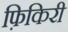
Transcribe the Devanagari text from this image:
फ़िकिरी